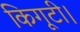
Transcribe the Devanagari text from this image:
किगूटी।